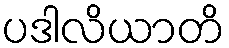
ပဒါလိယာတိ